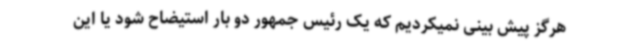
هرگز پیش بینی نمیکردیم که یک رئیس جمهور دو بار استیضاح شود یا این